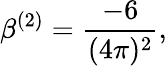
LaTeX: \beta^{(2)}=\frac{-6}{(4\pi)^{2}},